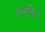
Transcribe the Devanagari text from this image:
ऐनेलिज